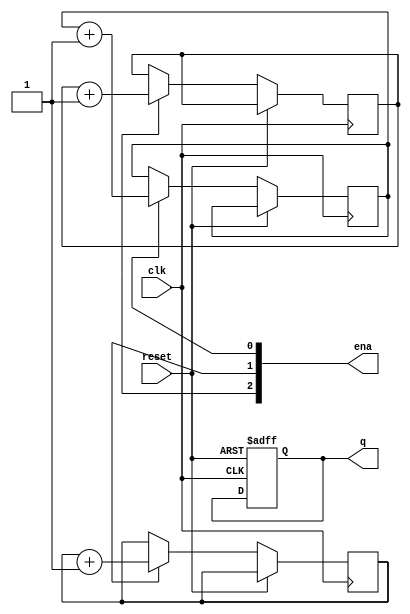
module top_module (
    input wire clk,
    input wire reset,
    output wire [3:1] ena,
    output reg [15:0] q
);
    reg [3:0] count [0:3];
    
    always @(posedge clk or posedge reset) begin
        if (reset)
            q <= 16'b0000000000000000;
        else begin
            if (ena[1]) count[1] <= count[1] + 1;
            if (ena[2]) count[2] <= count[2] + 1;
            if (ena[3]) count[3] <= count[3] + 1;
        end
    end
    
    assign q[3:0] = count[0];
    assign q[7:4] = count[1];
    assign q[11:8] = count[2];
    assign q[15:12] = count[3];
endmodule